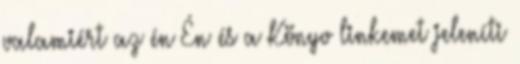
valamiért az én Én és a Könyv linkemet jeleníti